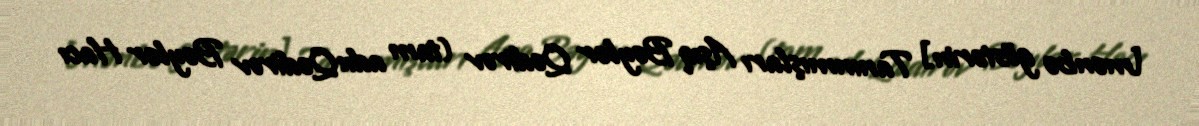
[mənbə göstərin] Tanınmışları Aşıq Bəylər Qədirov (tam adı:Qədirov Bəylər Hacı